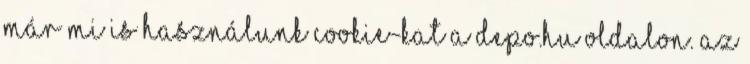
már mi is használunk cookie-kat a Depo.hu oldalon. Az